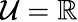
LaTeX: \mathcal{U}=\mathbb{{R}}